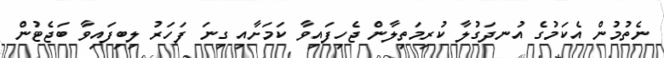
ނެތުމުން އެކަމުގެ އުނދަގުލާ ކުރިމަތިލާން ޖެހިފައިވާ ކަމަށާއި ގިނަ ފަހަރު ލިބިފައިވާ ބަޖެޓުން